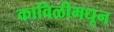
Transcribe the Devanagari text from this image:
काविळीमधून